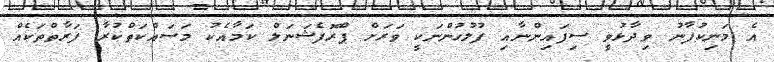
އެ މަނިކުފާނު ވިދާޅުވީ ސިފައިންނާއި ފުލުހުންނަކީ ވަރަށް ޕްރޮފެޝަނަލް ކަމާއެކު މަސައްކަތްކުރާ ފަރާތްތަކެއް